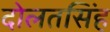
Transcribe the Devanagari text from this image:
दोलतसिंह